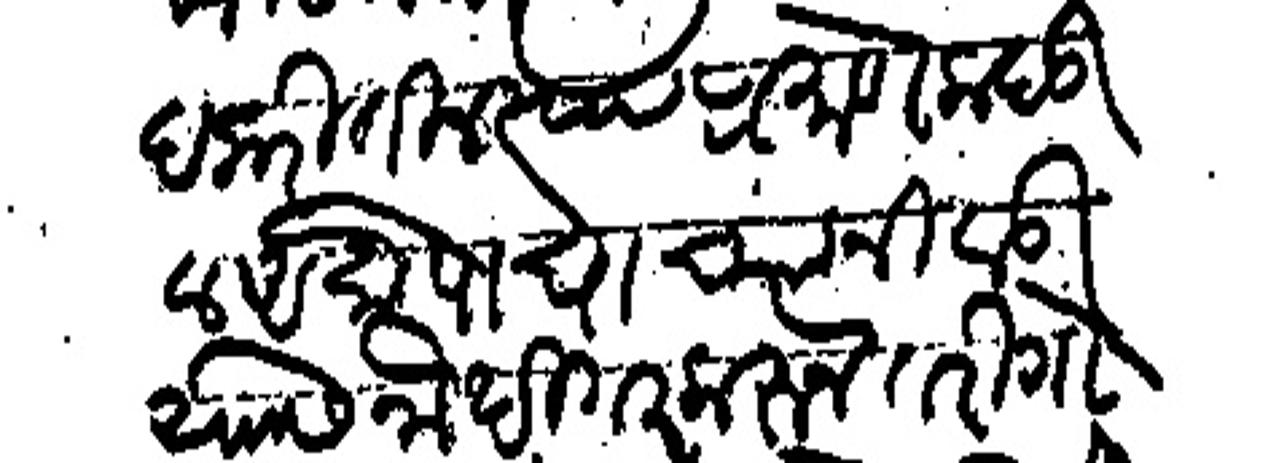
Transliteration (Devanagari): नीर्वाह करीतील त्या प्रमाणे कबूल असो पाचाच्या निवाडी यास नो दिगर करु तरी गोताचे